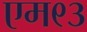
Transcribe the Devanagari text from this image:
एम९३